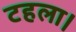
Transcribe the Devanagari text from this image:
टहला।